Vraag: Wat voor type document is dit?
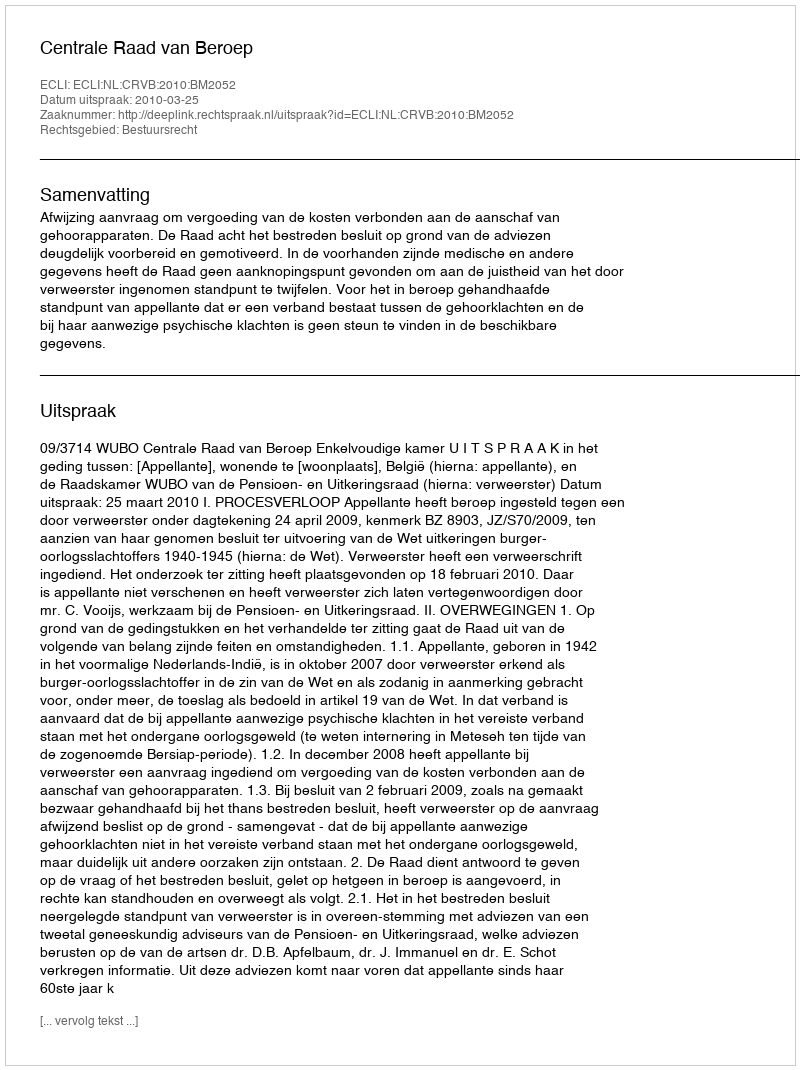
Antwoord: Uitspraak